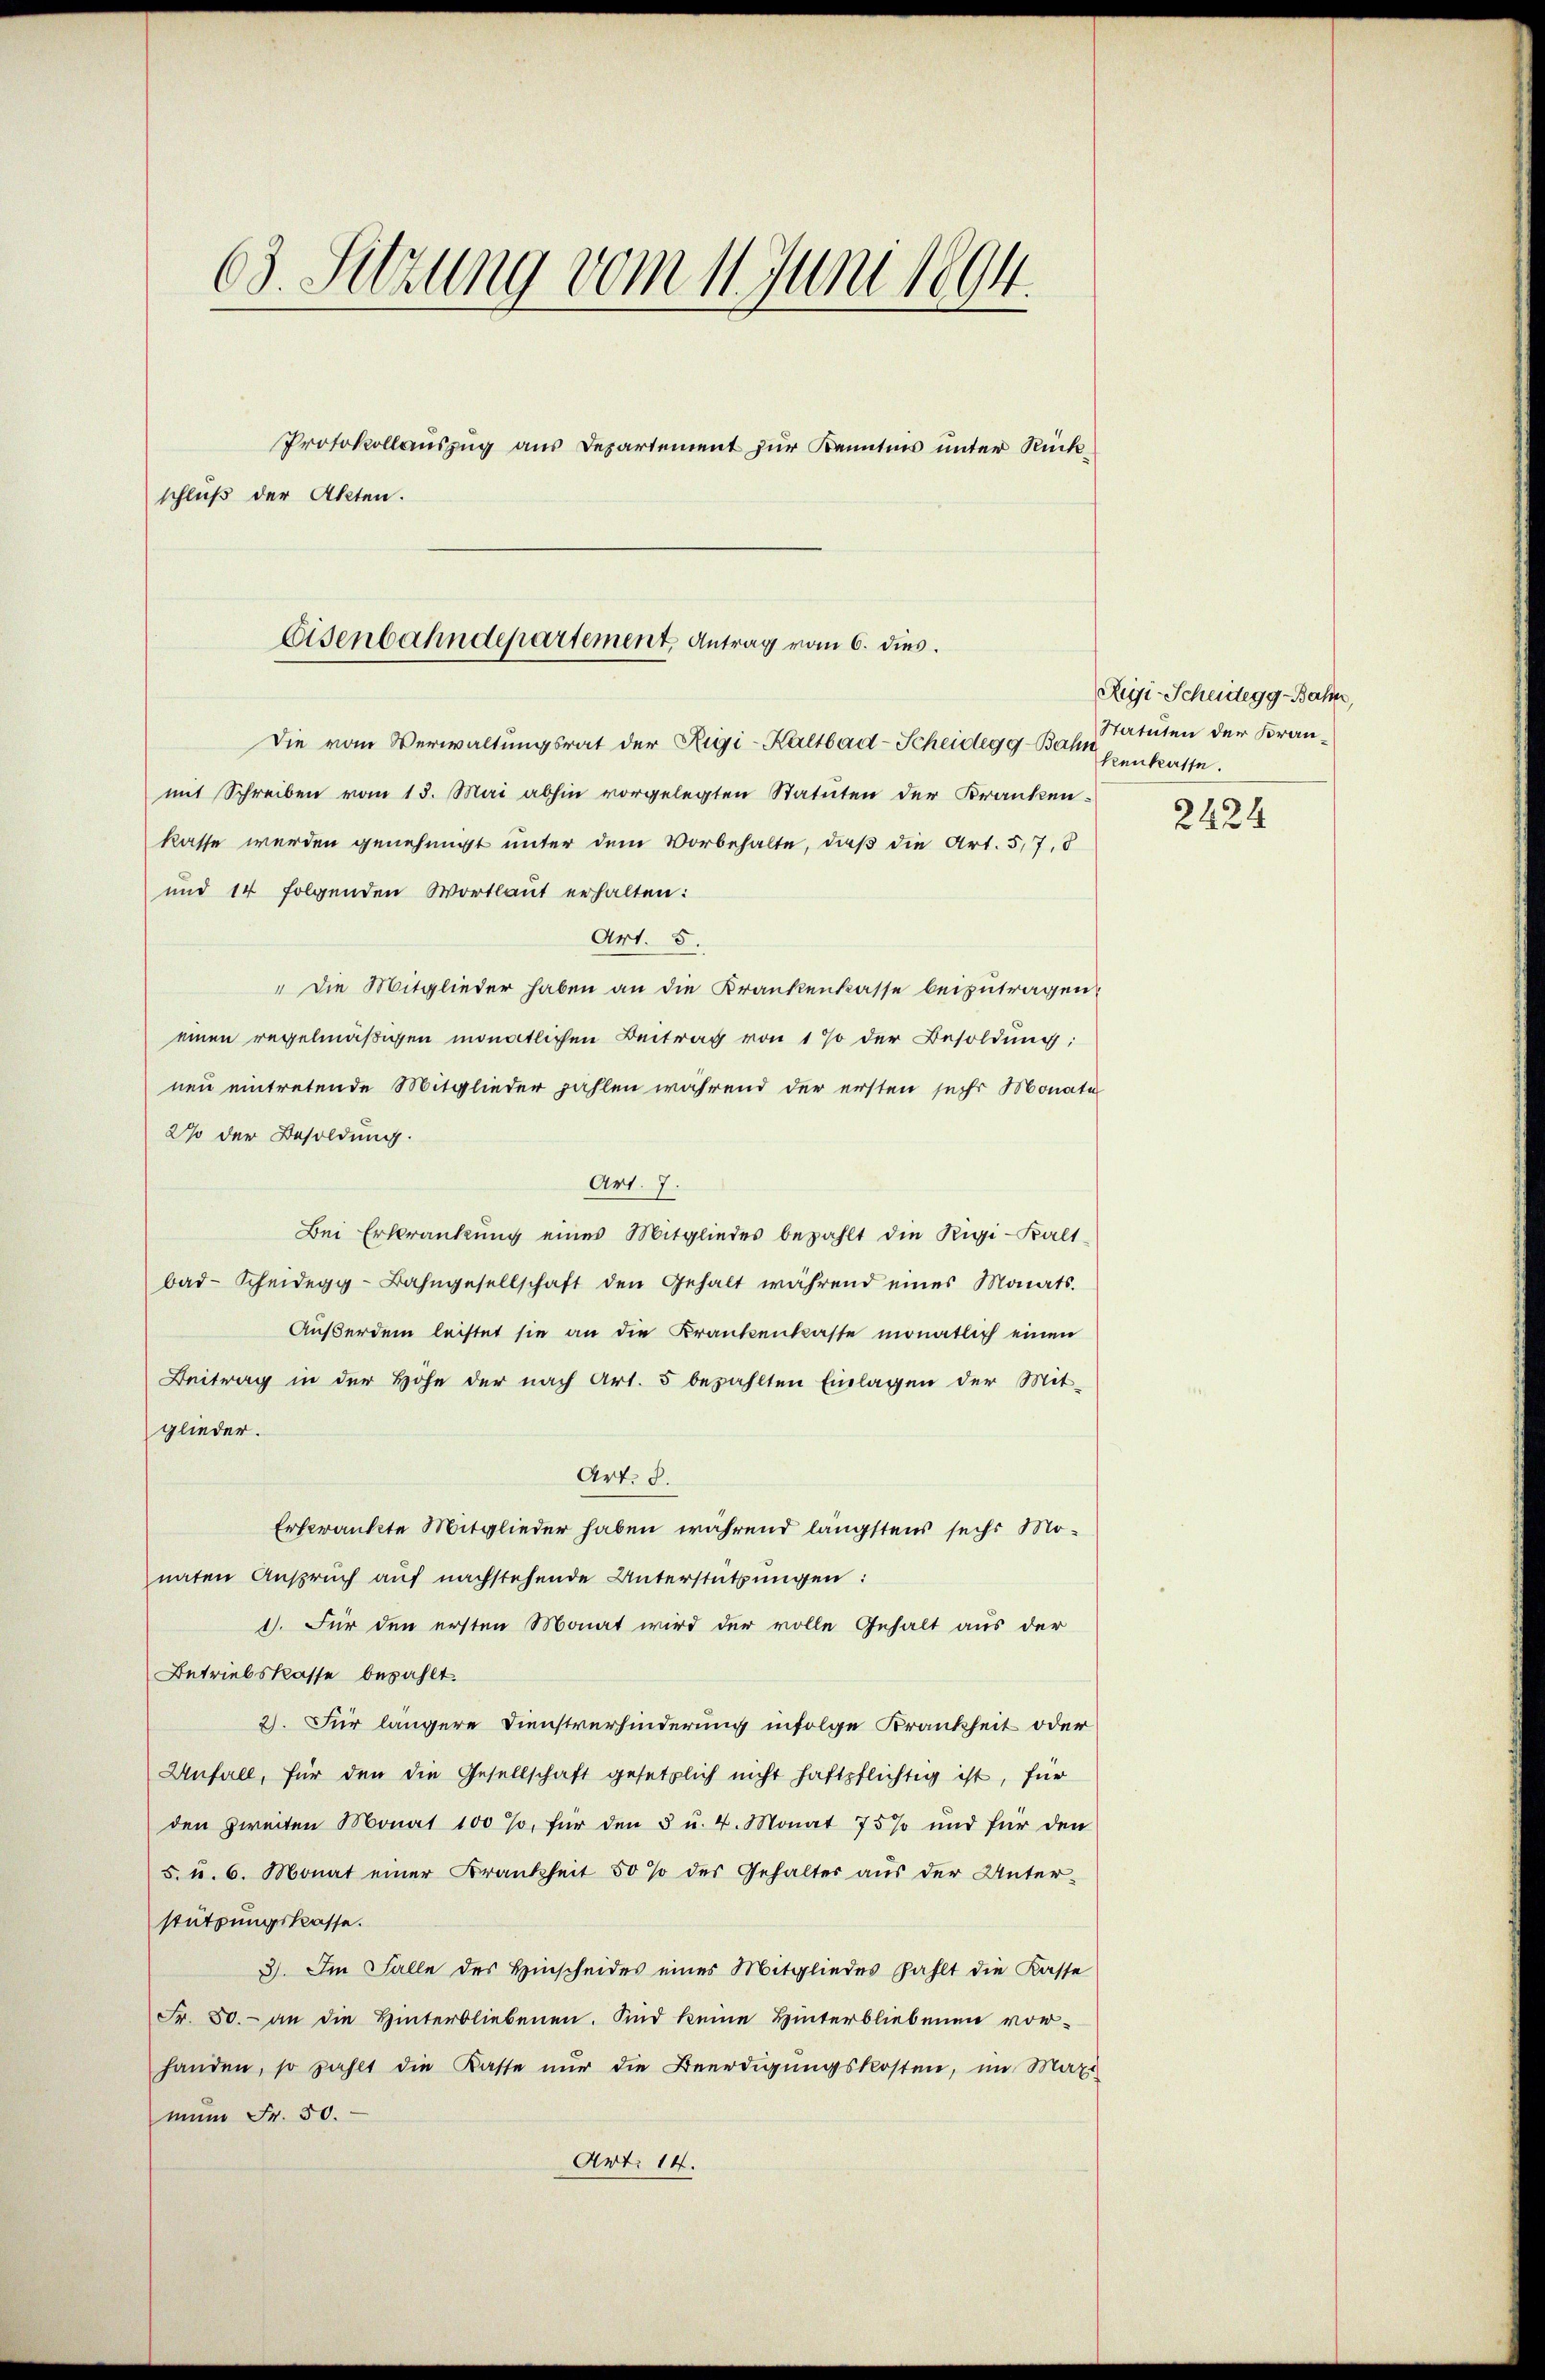
63. Setzung vom 11. Juni 1894.
Protokollauszug aus Departement zur Kenntnis unter Rückschluß der Akten.

Eisenbahndepartement Antrag vom 6. dies.

Die vom Verwaltungsrat der Rigi-Kaltbad-Scheidegg-Bahn tatuten der Fran
mit Schreiben vom 13. Mai abhin vorgelegten Statuten der Kranken-
kasse werden genehmigt unter dem Vorbehalte, daß die Art. 5, 7, 8
und 14 folgenden Wortlaut erhalten:
Art. 5.
" die Mitglieder haben an die Krankenkasse beizutragen.
einen regelmäßigen monatlichen Beitrag von 1% der Besoldung:
nen eintretende Mitglieder zahlen während der ersten sechs Monate
2% der Besoldung.
Art. 7.
Bei Erkrankung eines Mitgliedes bezahlt die Rigi-Kalt
bad-Scheidegg-Bahngesellschaft den Gehalt während eines Monats-
Außerdem leistet sie an die Krankenkaste monatlich einen
Beitrag in der Höhe der nach Art. 5 bezahlten Einlagen der Mit-
glieder.
Art. 8.
Erkrankte Mitglieder haben während längstens sechs Monaten Anspruch auf nachstehende Unterstützungen:
1). Für den ersten Monat wird der volle Gehalt aus der
Betriebskasse bezahlt.
2). Für längere Dienstverhinderung infolge Krankheit oder
Anfall, für den die Gesellschaft gesetzlich nicht haftpflichtig ist, für
den zweiten Monat 100 %, für den 5 u. 4. Monat 75% und für den
5. u. 6. Monat einer Krankheit 50 % des Gehalter aus der Unterstützungskasse.
3). Im Falle des Hinscheides eines Mitgliedes zahlt die Kasse
Fr. 80. an die Hinterbliebenen. Sind keine Hinterbliebenen vor-
handen, so zahlt die Kasse nŭr die Beerdigŭngskosten, im Maxi
mein Fr. 50.
Art. 14.

Rigi-Scheidegg-Bahn,
kenkasse.

2424